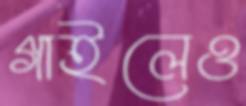
গাইলেও